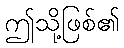
ဤသို့ဖြစ်၏